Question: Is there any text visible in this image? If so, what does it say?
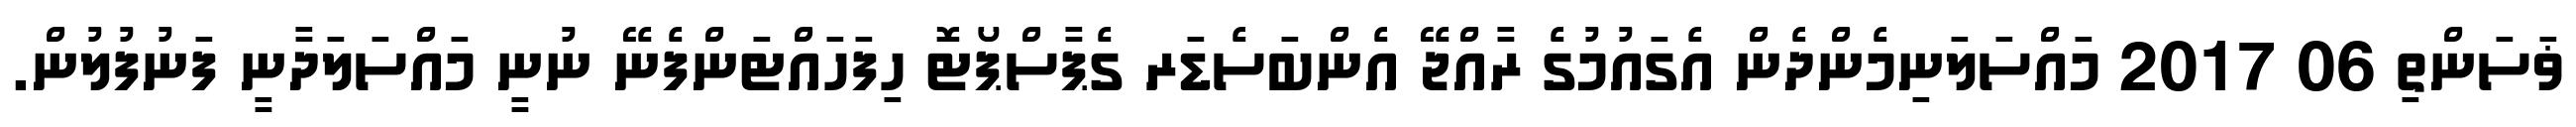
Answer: ޥަސަންތި 06 2017 މައްސަލަނިމެންދެން އެގައުމުގެ ރާއްޖޭ އެންބަސެޑަރ ގެޕާސްޕޯޓޮ ހިފަހައްޓަންފެނޭ ނުނީ މައްސަލަދާނީ ފަނުފުލުން.